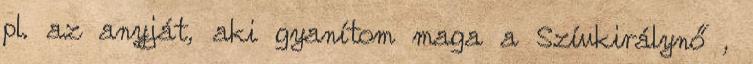
pl. az anyját, aki gyanítom maga a Szívkirálynő ,